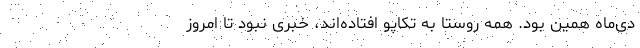
دی‌ماه همین بود. همه روستا به تکاپو افتاده‌اند، خبری نبود تا امروز